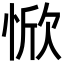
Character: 惞